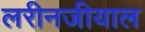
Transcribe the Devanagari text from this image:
लरीनजीयाल